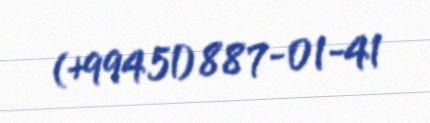
(+994 51) 887-01-41